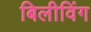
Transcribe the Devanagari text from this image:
बिलीविंग